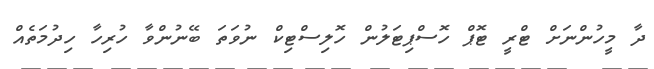
ދާ މީހުންނަށް ޓްރީ ޓޮޕް ހޮސްޕިޓަލުން ހޮލިސްޓިކް ނުވަތަ ބޭނުންވާ ހުރިހާ ހިދުމަތެއް